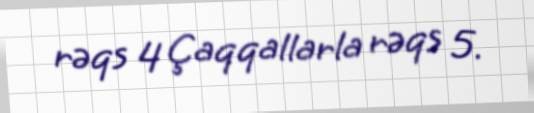
rəqs 4 Çaqqallarla rəqs 5.